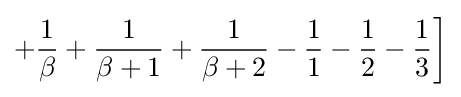
+{\frac {1}{\beta }}+{\frac {1}{\beta +1}}+{\frac {1}{\beta +2}}-{\frac {1}{1}}-{\frac {1}{2}}-{\frac {1}{3}}{\bigg ]}